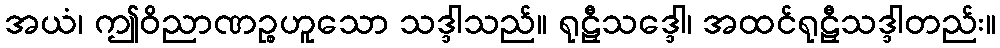
အယံ၊ ဤဝိညာဏဉ္စဟူသော သဒ္ဒါသည်။ ရုဠှီသဒ္ဒေါ၊ အထင်ရုဠှီသဒ္ဒါတည်း။